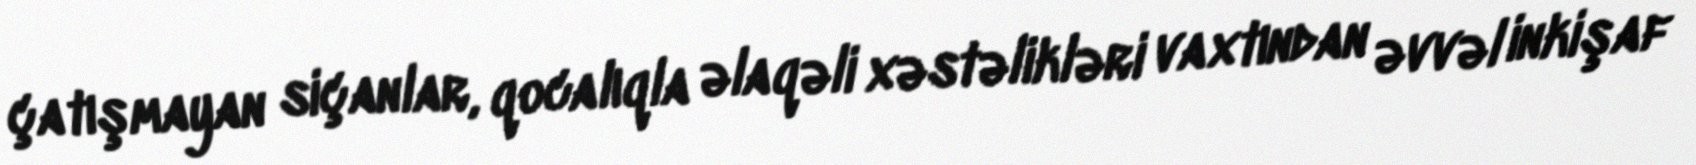
çatışmayan siçanlar, qocalıqla əlaqəli xəstəlikləri vaxtından əvvəl inkişaf